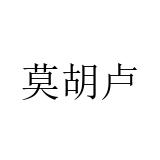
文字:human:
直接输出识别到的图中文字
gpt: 莫胡卢